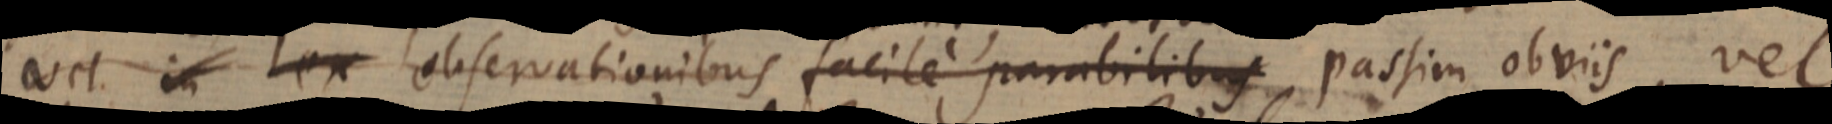
vel in ex observationibus facile parabilibus, passim obviis, vel